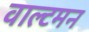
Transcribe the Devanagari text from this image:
वाल्टमन